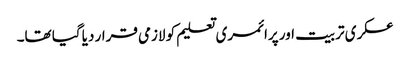
عسکری تربیت اور پرائمری تعلیم کو لازمی قرار دیا گیا تھا۔